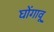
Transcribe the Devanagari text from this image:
घोंगावू